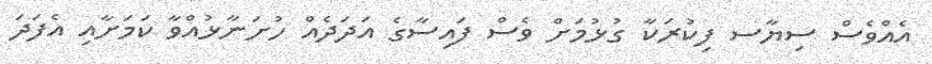
އެއްވެސް ސިޔާސ ފިކުރަކާ ގުޅުމަށް ވެސް ފައިސާގެ އަދަދެއް ހުށަނާޅުއްވާ ކަމަށާއި އެފަދަ